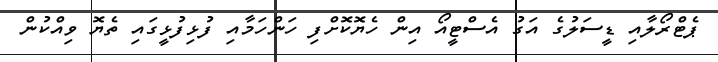
ޕެޓްރޯލާއި ޑީސަލުގެ އަގު އެސްޓީއޯ އިން ހެޔޮކޮށްފި ހަންހަމާއި ފުޅިފުޅީގައި ތެޔޮ ވިއްކުން